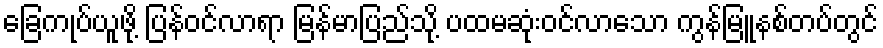
ခြေကုပ်ယူဖို့ ပြန်ဝင်လာရာ မြန်မာပြည်သို့ ပထမဆုံးဝင်လာသော ကွန်မြူနစ်တပ်တွင်